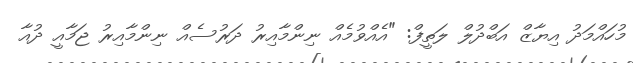
މުހައްމަދު އިޔާޒް އަބްދުލް ލަތީފް: "އެއްވުމެއް ނިންމާއިރު ދަރުސެއް ނިންމާއިރު ޖަމާއީ ދުއާ